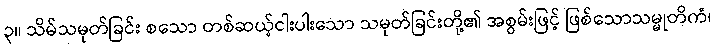
၃။ သိမ်သမုတ်ခြင်း စသော တစ်ဆယ့်ငါးပါးသော သမုတ်ခြင်းတို့၏ အစွမ်းဖြင့် ဖြစ်သောသမ္မုတိကံ၊